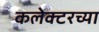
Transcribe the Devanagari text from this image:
कलेक्टरच्या